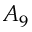
A _ { 9 }